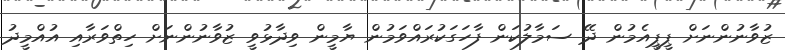
ޒުވާނުންނަށް ޕީޕީއެމުން ދޭ ސަމާލުކަން ފާހަގަކުރައްވަމުން ޔާމީން ވިދާޅުވީ ޒުވާނުންނަށް ހިތްވަރާއި އުއްމީދު